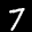
Label: 7